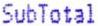
SUBTOTAL